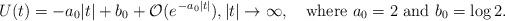
LaTeX: \begin{align*}U(t)=-a_0|t|+b_0 +\mathcal{O}(e^{\,-a_0|t|}), |t|\to \infty, \quad\mbox{where}\ a_0=2\ \hbox{and}\ b_0=\log 2.\end{align*}